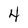
Character: 4